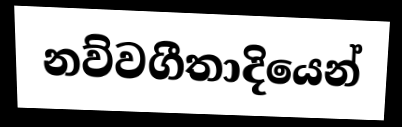
නව්වගීතාදියෙන්